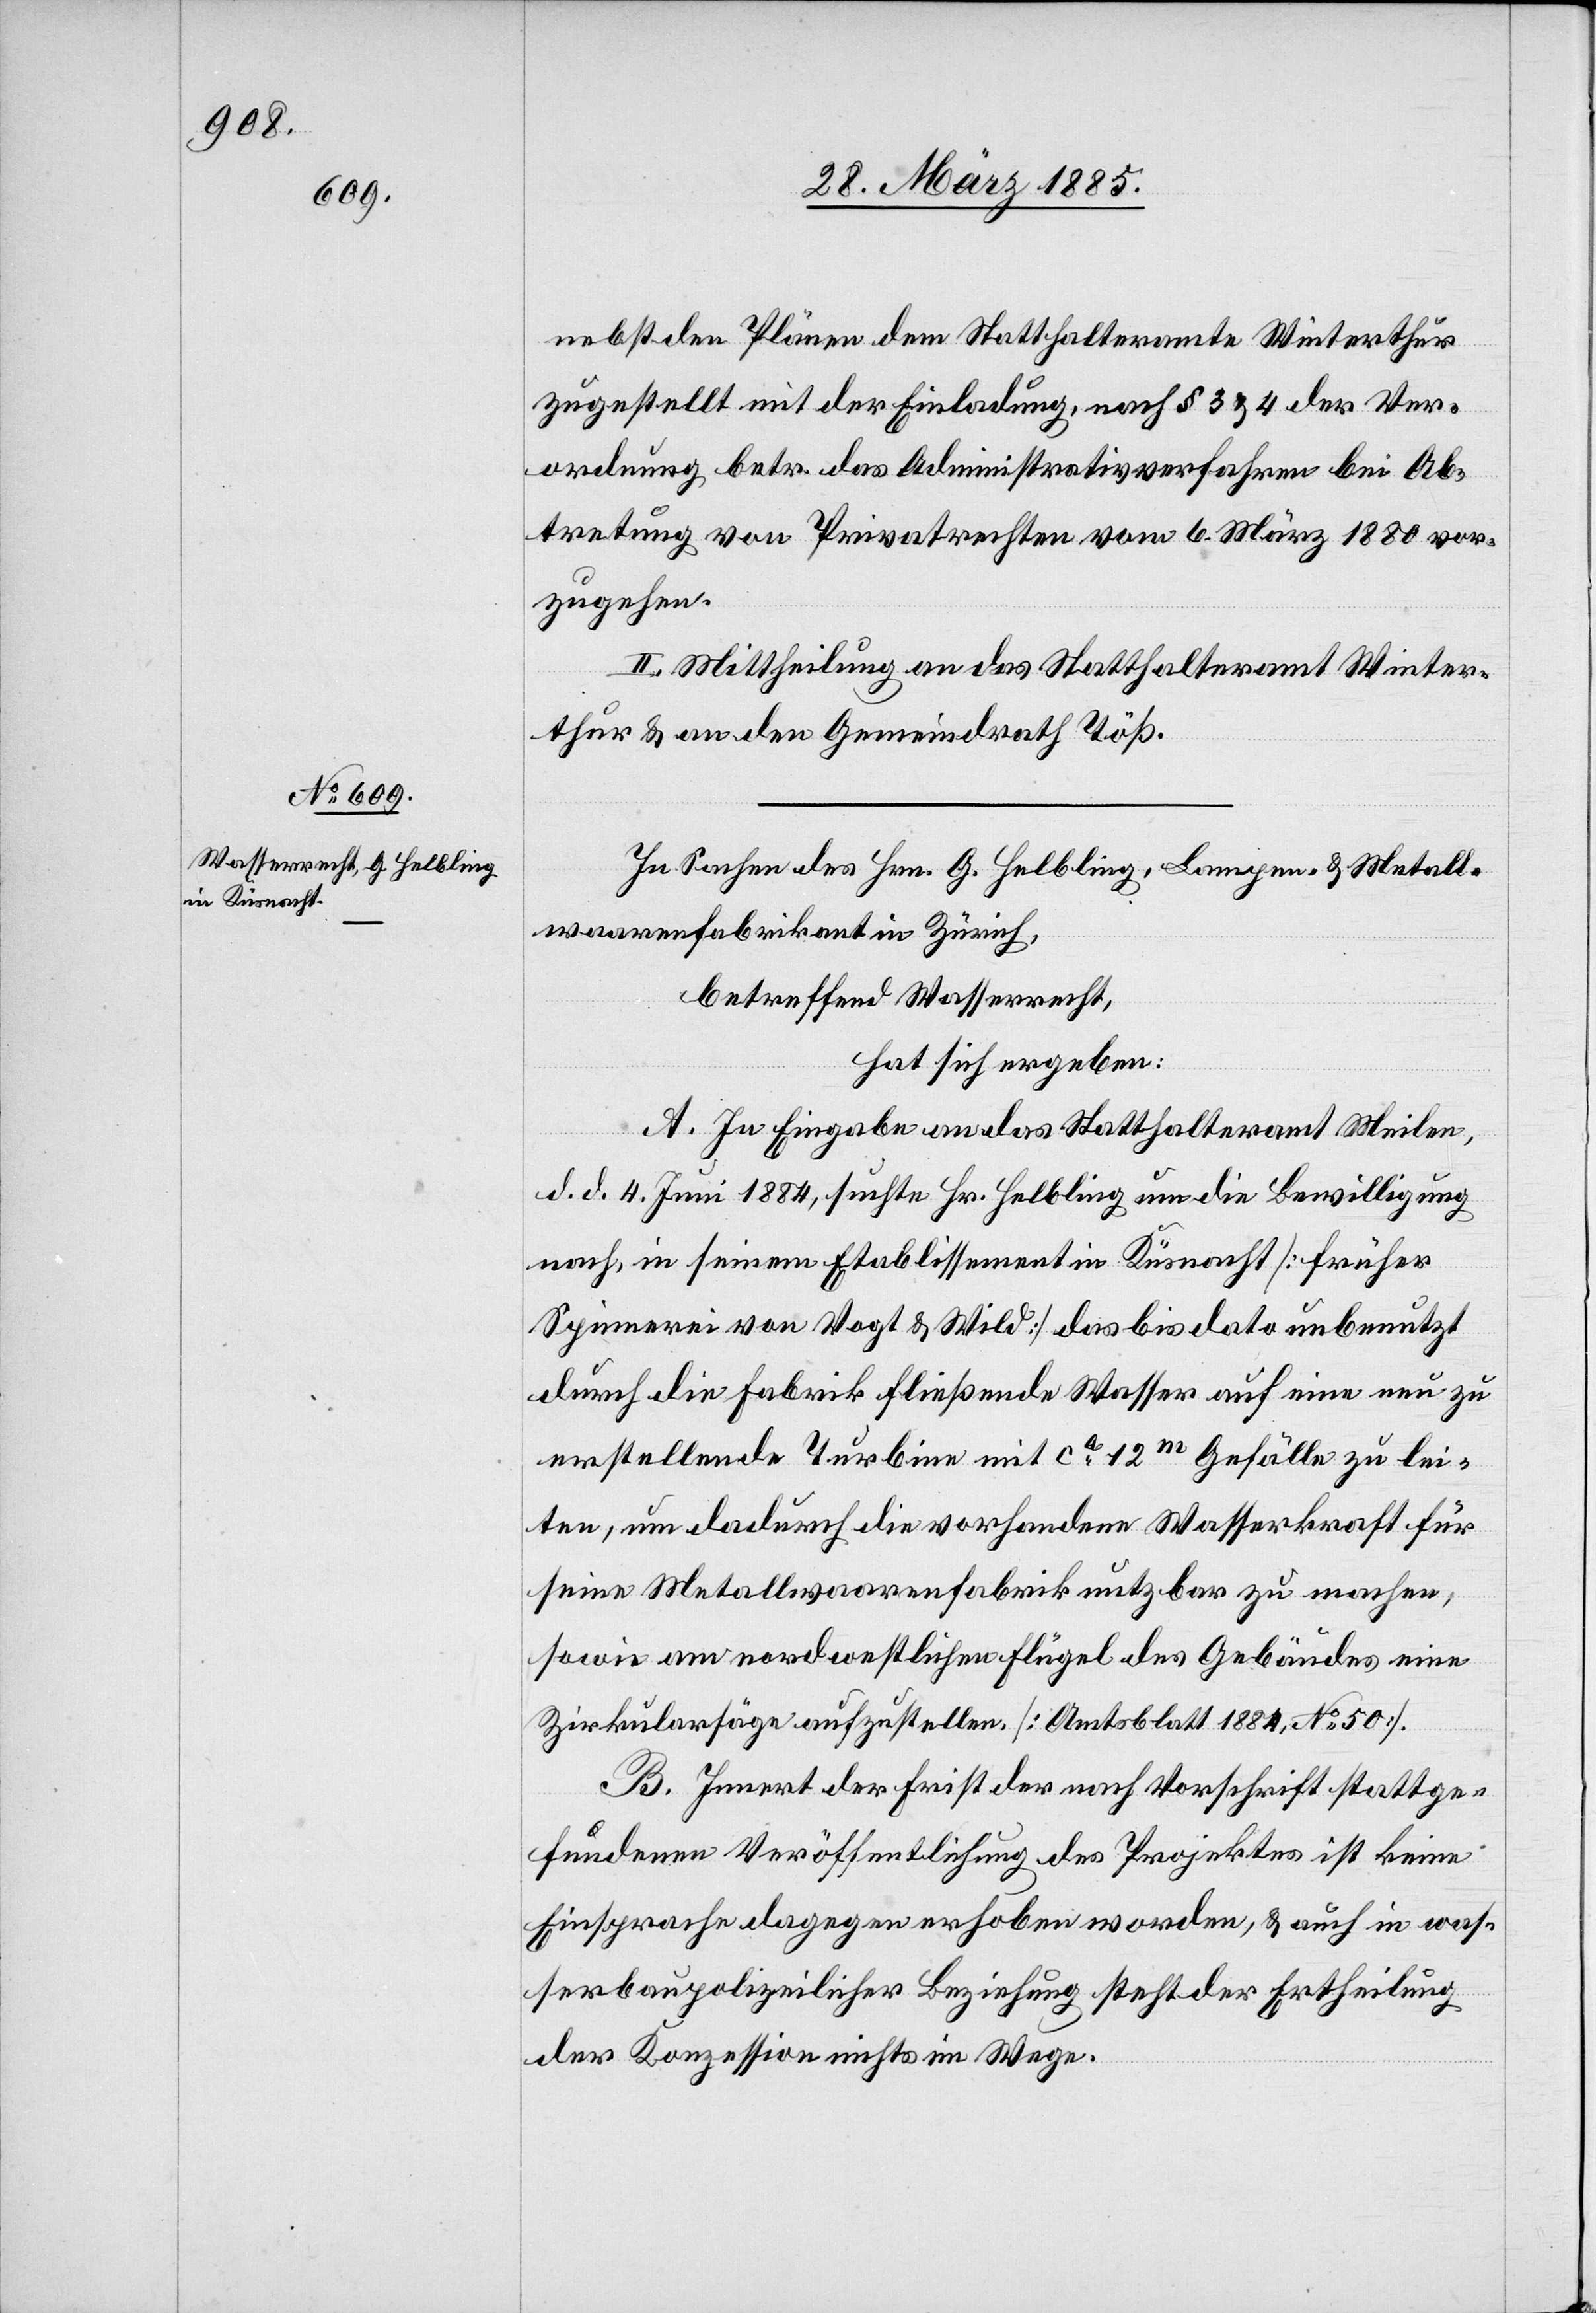
nebst den Plänen dem Statthalteramte Winterthur
zugestellt mit der Einladung, nach § 3 & 4 der Ver¬
ordnung betr. das Administrativverfahren bei Ab¬
tretung von Privatrechten vom 6. März 1880 vor¬
zugehen.
II. Mittheilung an das Statthalteramt Winter¬
thur & an den Gemeindrath Töß.
In Sachen des Hrn. G. Helbling, Lampen- & Metall¬
waarenfabrikant in Zürich,
betreffend Wasserrecht,
hat sich ergeben:
A. In Eingabe an das Statthalteramt Meilen,
d. d. 4. Juni 1884, suchte Hr. Helbling um die Bewilligung
nach, in seinem Etablissement in Küsnacht [früher
Spinnerei von Vogt & Wild] das bis dato unbenutzt
durch die Fabrik fließende Wasser auf eine neu zu
erstellende Turbine mit ca 12m Gefälle zu lei¬
ten, um dadurch die vorhandene Wasserkraft für
seine Metallwaarenfabrik nutzbar zu machen,
sowie am nordwestlichen Flügel des Gebäudes eine
Zirkularsäge aufzustellen [Amtsblatt1884, No 50].
B. Innert der Frist der nach Vorschrift stattge¬
fundenen Veröffentlichung des Projektes ist keine
Einsprache dagegen erhoben worden, & auch in was¬
serbaupolizeilicher Beziehung steht der Ertheilung
der Konzession nichts im Wege.